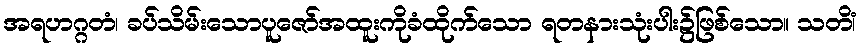
အရဟဂ္ဂတံ၊ ခပ်သိမ်းသောပူဇော်အထူးကိုခံထိုက်သော ရတနားသုံးပါး၌ဖြစ်သော။ သတိံ၊